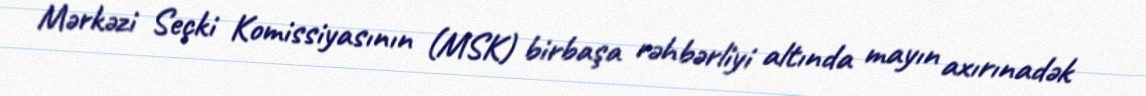
Mərkəzi Seçki Komissiyasının (MSK) birbaşa rəhbərliyi altında mayın axırınadək